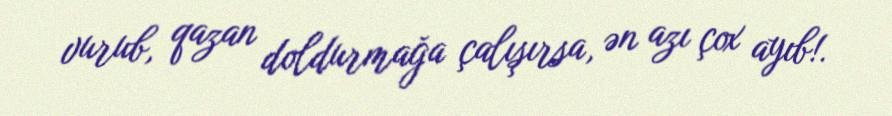
vurub, qazan doldurmağa çalışırsa, ən azı çox ayıb!.